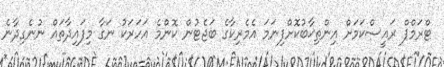
ޓްރަމްޕް ރައީސްކަމަށް އިންތިޚާބުކޮށްފިނަމަ އެމެރިކާގެ ބަޖެޓުން ކޮންމެ އަހަރަކު ނަގާ މިފައިދާތައް ނުނެގިދާނެ